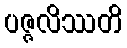
ပဇ္ဇလိဿတိ